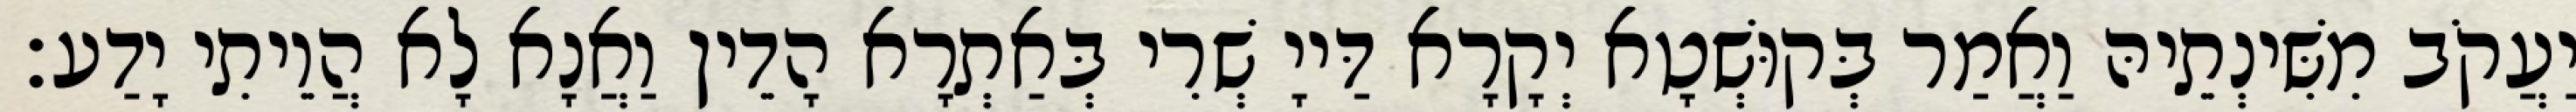
יַעֲקֹב מִשִּׁינְתֵיהּ וַאֲמַר בְּקוּשְׁטָא יְקָרָא דַּייָ שְׁרִי בְּאַתְרָא הָדֵין וַאֲנָא לָא הֲוֵיתִי יָדַע׃